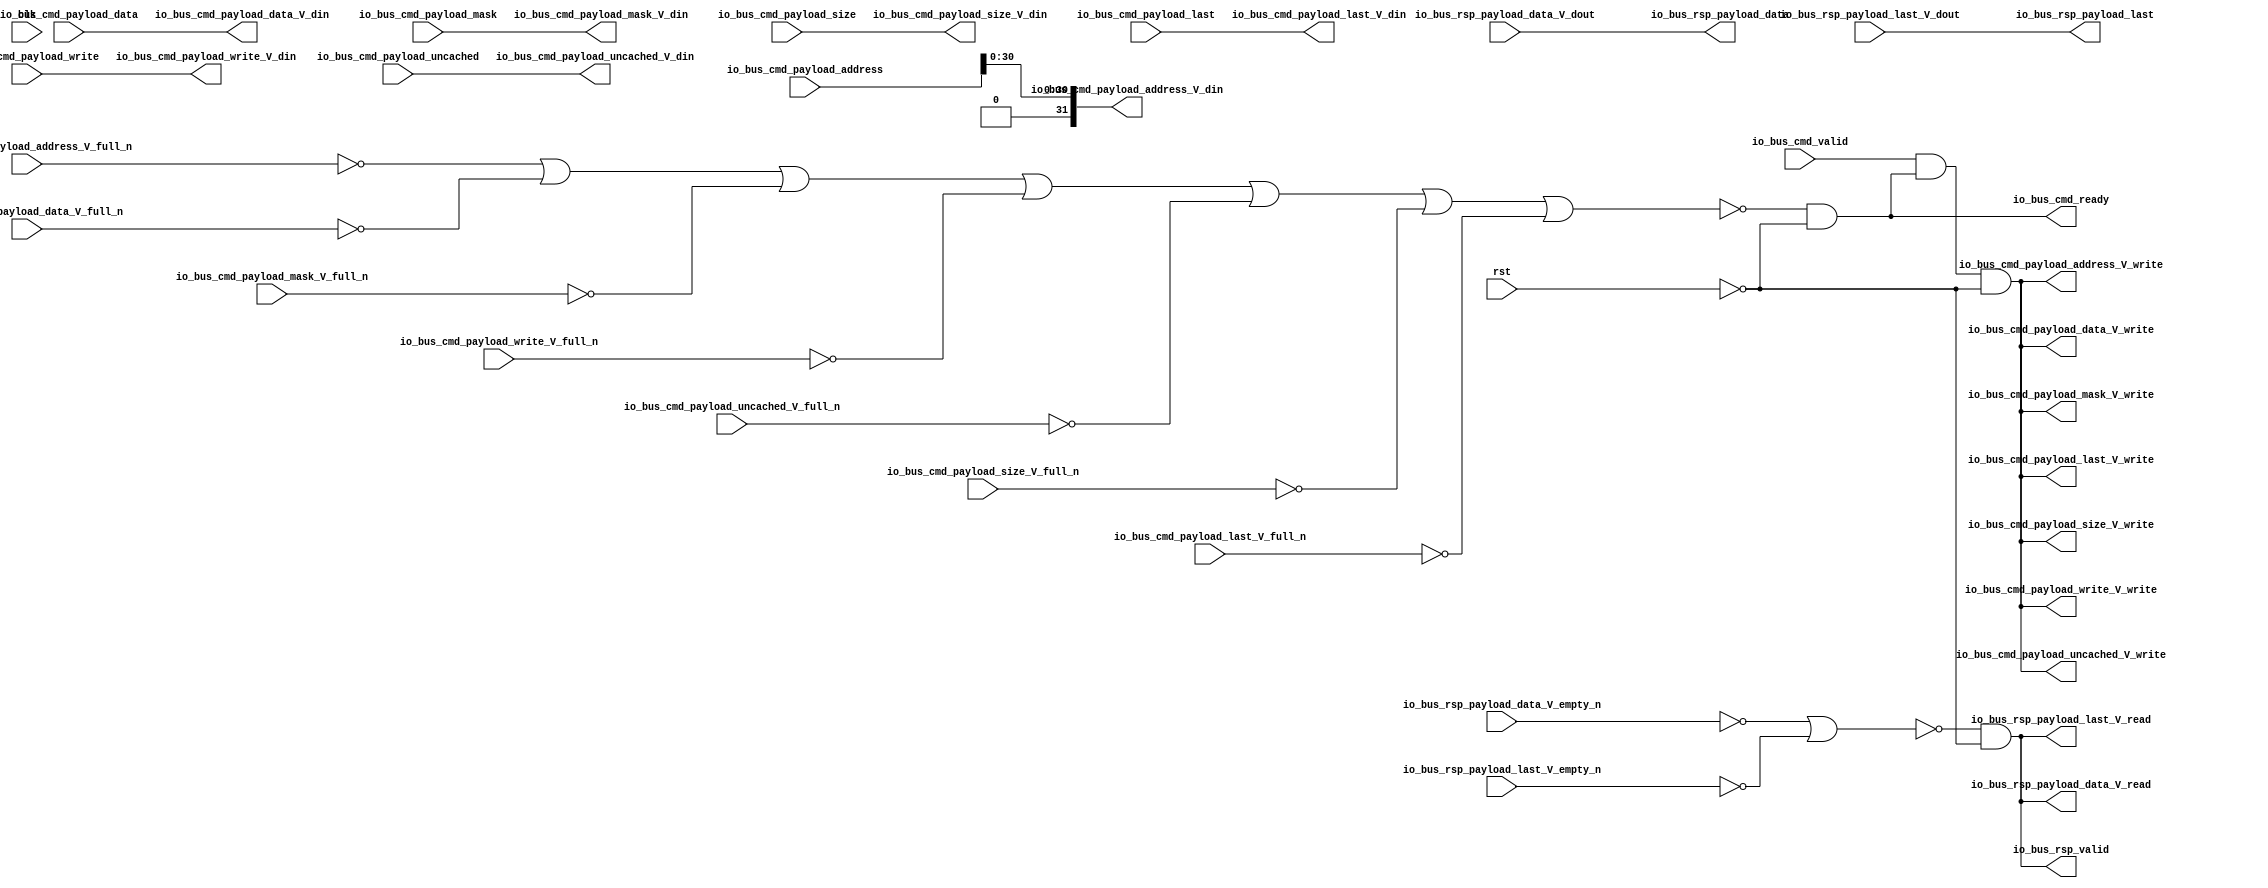
`default_nettype none
`timescale 1 ns / 1 ps

module hls_bridge #(parameter integer DATA_WIDTH = 32,
                    parameter integer DATA_ADDR_WIDTH = 32)
                   (input wire clk,
                    input wire [DATA_ADDR_WIDTH-1:0] io_bus_cmd_payload_address,        // read or write address
                    input wire [DATA_WIDTH-1:0] io_bus_cmd_payload_data,                // write data
                    input wire [3:0] io_bus_cmd_payload_mask,                           // byte addressable write?
                    input wire io_bus_cmd_payload_write,                                // we
                    input wire io_bus_cmd_payload_uncached,
                    input wire [2:0] io_bus_cmd_payload_size,
                    input wire io_bus_cmd_payload_last,
                    input wire io_bus_cmd_valid,                                        // follows cmd_fire in almost every case
                    input wire rst,                                                     // reset
                    output wire io_bus_cmd_ready,                                       // am I okay to receive more requests? 1 initally
                    output wire [DATA_WIDTH-1:0] io_bus_rsp_payload_data,               // sent read data
                    output wire io_bus_rsp_payload_last,
                    output wire io_bus_rsp_valid,                                       // response data is on the bus
                    input wire [DATA_WIDTH-1:0] io_bus_rsp_payload_data_V_dout,
                    input wire io_bus_rsp_payload_data_V_empty_n,
                    output wire io_bus_rsp_payload_data_V_read,
                    input wire io_bus_rsp_payload_last_V_dout,
                    input wire io_bus_rsp_payload_last_V_empty_n,
                    output wire io_bus_rsp_payload_last_V_read,
                    output wire [DATA_ADDR_WIDTH-1:0] io_bus_cmd_payload_address_V_din,
                    input wire io_bus_cmd_payload_address_V_full_n,
                    output wire io_bus_cmd_payload_address_V_write,
                    output wire [DATA_WIDTH-1:0] io_bus_cmd_payload_data_V_din,
                    input wire io_bus_cmd_payload_data_V_full_n,
                    output wire io_bus_cmd_payload_data_V_write,
                    output wire [3:0] io_bus_cmd_payload_mask_V_din,
                    input wire io_bus_cmd_payload_mask_V_full_n,
                    output wire io_bus_cmd_payload_mask_V_write,
                    output wire io_bus_cmd_payload_write_V_din,
                    input wire io_bus_cmd_payload_write_V_full_n,
                    output wire io_bus_cmd_payload_write_V_write,
                    output wire io_bus_cmd_payload_uncached_V_din,
                    input wire io_bus_cmd_payload_uncached_V_full_n,
                    output wire io_bus_cmd_payload_uncached_V_write,
                    output wire [2:0] io_bus_cmd_payload_size_V_din,
                    input wire io_bus_cmd_payload_size_V_full_n,
                    output wire io_bus_cmd_payload_size_V_write,
                    output wire io_bus_cmd_payload_last_V_din,
                    input wire io_bus_cmd_payload_last_V_full_n,
                    output wire io_bus_cmd_payload_last_V_write);
    
    wire hls_full           = ~io_bus_cmd_payload_address_V_full_n | ~io_bus_cmd_payload_data_V_full_n | ~io_bus_cmd_payload_mask_V_full_n | ~io_bus_cmd_payload_write_V_full_n | ~io_bus_cmd_payload_uncached_V_full_n | ~io_bus_cmd_payload_size_V_full_n | ~io_bus_cmd_payload_last_V_full_n;
    assign io_bus_cmd_ready = ~hls_full & ~rst;
    
    wire hls_write                             = io_bus_cmd_valid & io_bus_cmd_ready & ~rst;
    assign io_bus_cmd_payload_address_V_write  = hls_write;
    assign io_bus_cmd_payload_data_V_write     = hls_write;
    assign io_bus_cmd_payload_mask_V_write     = hls_write;
    assign io_bus_cmd_payload_write_V_write    = hls_write;
    assign io_bus_cmd_payload_uncached_V_write = hls_write;
    assign io_bus_cmd_payload_size_V_write     = hls_write;
    assign io_bus_cmd_payload_last_V_write     = hls_write;
    
    assign io_bus_cmd_payload_write_V_din    = io_bus_cmd_payload_write;
    assign io_bus_cmd_payload_mask_V_din     = io_bus_cmd_payload_mask;
    assign io_bus_cmd_payload_data_V_din     = io_bus_cmd_payload_data;
    // 1. Address should be in words now really. Enforce aligned access
    // 2. Take off top bit. The top bit is only for linker purposes (dram vs bram)
    assign io_bus_cmd_payload_address_V_din  = {1'b0, io_bus_cmd_payload_address[DATA_ADDR_WIDTH-2:0]};
    assign io_bus_cmd_payload_uncached_V_din = io_bus_cmd_payload_uncached;
    assign io_bus_cmd_payload_size_V_din     = io_bus_cmd_payload_size;
    assign io_bus_cmd_payload_last_V_din     = io_bus_cmd_payload_last;
    
    wire hls_empty                        = ~io_bus_rsp_payload_data_V_empty_n | ~io_bus_rsp_payload_last_V_empty_n;
    assign io_bus_rsp_payload_data_V_read = ~hls_empty & ~rst;
    assign io_bus_rsp_payload_last_V_read = ~hls_empty & ~rst;
    
    assign io_bus_rsp_valid        = ~hls_empty & ~rst;
    assign io_bus_rsp_payload_data = io_bus_rsp_payload_data_V_dout;
    assign io_bus_rsp_payload_last = io_bus_rsp_payload_last_V_dout;
    
endmodule